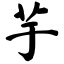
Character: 芋